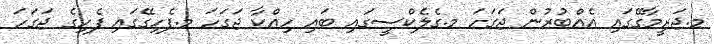
މ.ޖަރީމާގޭގައި އެއްބުރުން ޖަގަހަ މ.ގެލެކްސީގައި ބައި ހިއްކާ ޖަގަހަ މ.ފެހިގޭގައި ފެހިގެ ޖަގަހަ